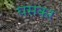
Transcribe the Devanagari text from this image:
घसकर